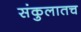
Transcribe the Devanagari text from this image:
संकुलातच